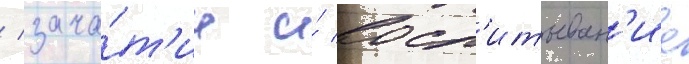
/ зача́т'ие и́ восп'итыван'ие